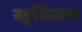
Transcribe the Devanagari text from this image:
स्ट्रबिलस